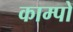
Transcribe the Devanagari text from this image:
काम्पो